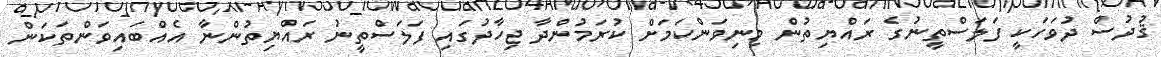
ޤުދުސް ދުވަހަކީ ފަލަސްތީނުގެ ރައްޔިތުން މިނިވަންކަމަށް ކުރަމުންދާ ޖިހާދުގައި ފަލަސްތީނު ރައްޔިތުންނާ އެއްބައިވަންތަކަން